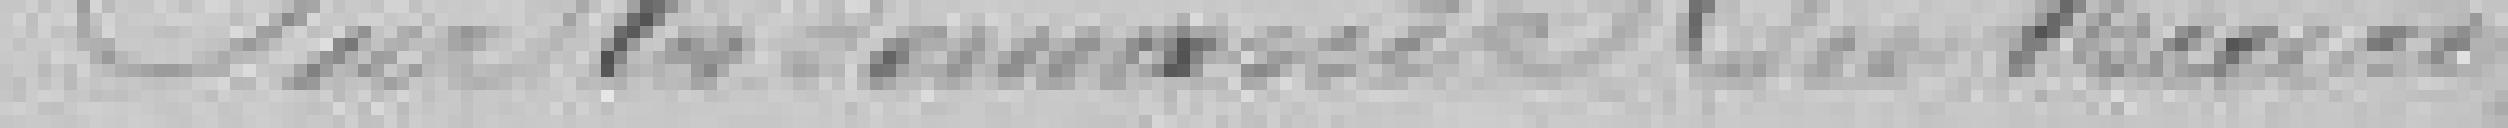
Sur la demande du Maire